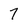
Character: 7